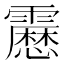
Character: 𩆝